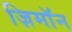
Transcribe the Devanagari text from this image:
ज़िमाॅन